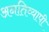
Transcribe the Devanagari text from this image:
अनतिव्यापी